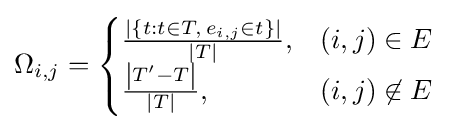
\Omega _{i,j}={\begin{cases}{\frac {\left|\{t:t\in T,\,e_{i,j}\in t\}\right\vert }{\left|T\right\vert }},&(i,j)\in E\\{\frac {\left|T'-T\right\vert }{\left|T\right\vert }},&(i,j)\not \in E\end{cases}}